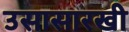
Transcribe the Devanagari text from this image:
उसासारखी